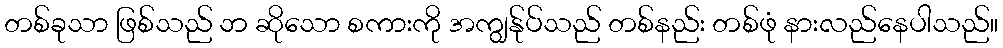
တစ်ခုသာ ဖြစ်သည် ဘ ဆိုသော စကားကို အကျွန်ုပ်သည် တစ်နည်း တစ်ဖုံ နားလည်နေပါသည်။